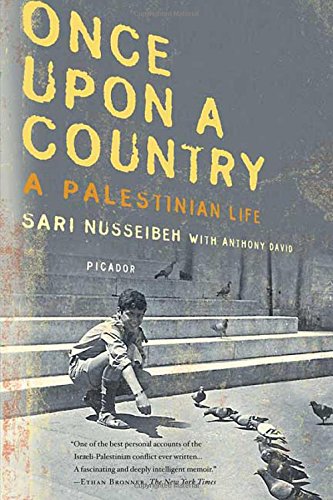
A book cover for Once Upon a Country: A Palestinian Life; Sari Nusseibeh; Travel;